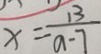
x = \frac { 1 3 } { a - 7 }